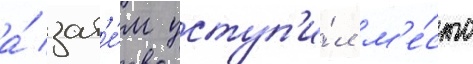
а́ зат'е́м уступ'и́л м'е́сто